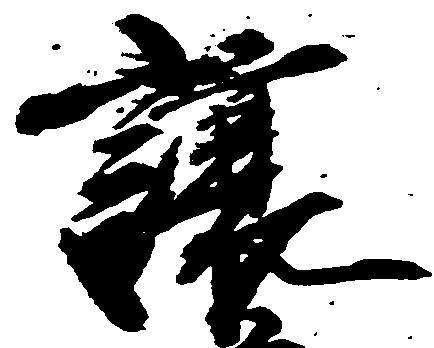
譲